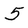
Character: 5